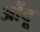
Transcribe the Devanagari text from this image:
औंदू